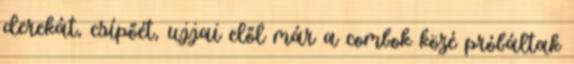
derekát, csípőét, ujjai elől már a combok közé próbáltak